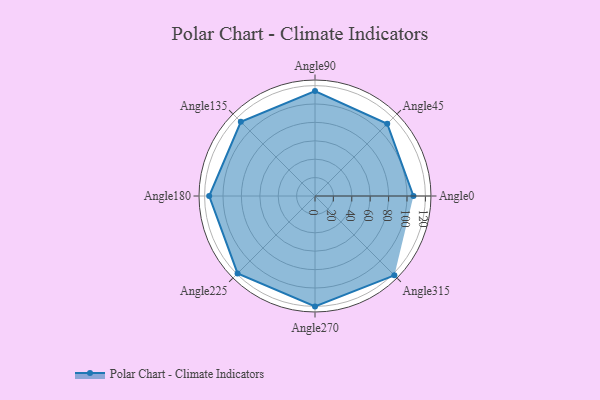
{"axis": {"x": "Angle", "y": "Radius"}, "legend": [""], "data": [{"x": "Angle0", "y": 107.0, "type": ""}, {"x": "Angle45", "y": 111.0, "type": ""}, {"x": "Angle90", "y": 114.0, "type": ""}, {"x": "Angle135", "y": 114.0, "type": ""}, {"x": "Angle180", "y": 115.0, "type": ""}, {"x": "Angle225", "y": 119.0, "type": ""}, {"x": "Angle270", "y": 120.0, "type": ""}, {"x": "Angle315", "y": 122.0, "type": ""}]}